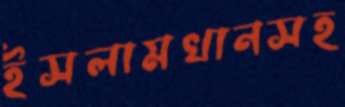
ইসলামখানসহ